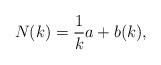
LaTeX: \begin{align*}N(k) = \frac{1}{k}a + b(k),\end{align*}